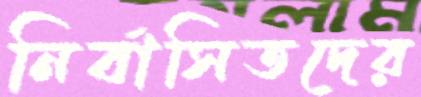
নির্বাসিতদের